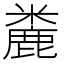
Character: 麊